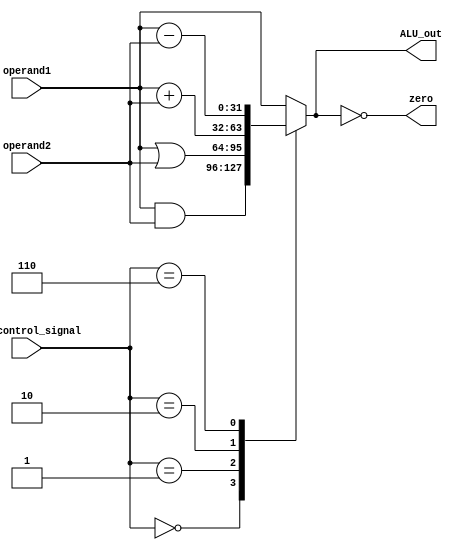
/* ALU_control[3:0]     operation
    0000                  AND
    0001                  OR
    0010                  add
    0110                  sub
    0111                  set on less than
*/

module ALU (
    input [31:0] operand1,
    input [31:0] operand2,
    input [3:0] ALU_control_signal,
    output reg [31:0] ALU_out,
    output reg zero
);

always @ (*)
begin  
    case (ALU_control_signal)
        4'b0000 : ALU_out <= operand1 & operand2;
        4'b0001 : ALU_out <= operand1 | operand2;
        4'b0010 : ALU_out <= operand1 + operand2;
        4'b0110 : ALU_out <= operand1 - operand2;
        default : ALU_out <= operand1;
    endcase

    zero <= (ALU_out == 0);   
end

endmodule